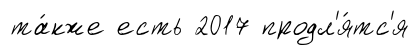
та́кже есть 2017 продл'я́тс'я